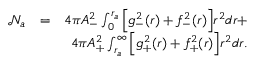
\begin{array} { r l r } { \mathcal { N } _ { a } } & { = } & { 4 \pi A _ { - } ^ { 2 } \int _ { 0 } ^ { r _ { a } } \Big [ g _ { - } ^ { 2 } ( r ) + f _ { - } ^ { 2 } ( r ) \Big ] r ^ { 2 } d r + } \\ & { } & { 4 \pi A _ { + } ^ { 2 } \int _ { r _ { a } } ^ { \infty } \Big [ g _ { + } ^ { 2 } ( r ) + f _ { + } ^ { 2 } ( r ) \Big ] r ^ { 2 } d r . } \end{array}